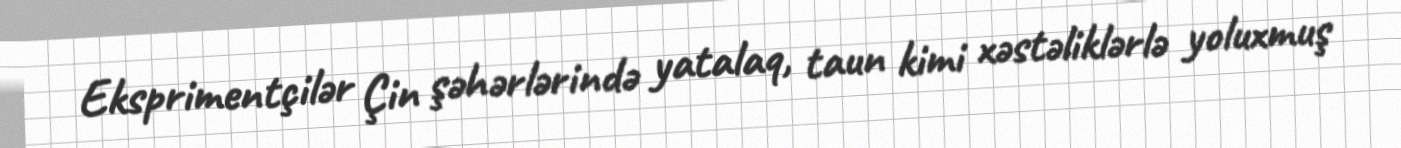
Eksprimentçilər Çin şəhərlərində yatalaq, taun kimi xəstəliklərlə yoluxmuş